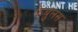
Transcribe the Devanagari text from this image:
फेबुलस